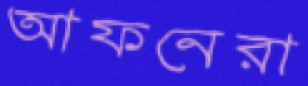
আফনেরা